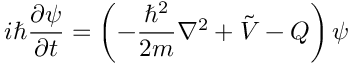
i \hbar { \frac { \partial \psi } { \partial t } } = \left( - { \frac { \hbar ^ { 2 } } { 2 m } } \nabla ^ { 2 } + { \tilde { V } } - Q \right) \psi \quad